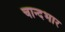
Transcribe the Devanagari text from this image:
चान्दभार